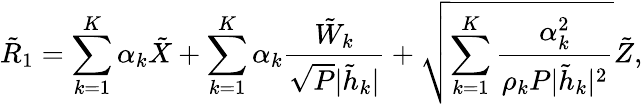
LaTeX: {{{\tilde{R}}}_{1}}=\sum_{k=1}^{K}\alpha_{k}{{\tilde{X}}}+\sum_{k=1}^{K}\alpha_{k}\frac{{{\tilde{W}_{k}}}}{\sqrt{P}|\tilde{h}_{k}|}+\sqrt{\sum_{k=1}^{K}\frac{\alpha_{k}^{2}}{\rho_{k}P|\tilde{h}_{k}|^{2}}}{{\tilde{Z}}},